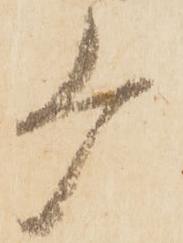
ケ